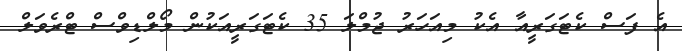
އެ ފަސް ކެޓަގަރީއާ އެކު މިއަހަރު ޖުމްލަ 35 ކެޓަގަރީއަކުން މޯލްޑިވްސް ޓްރެވަލް